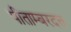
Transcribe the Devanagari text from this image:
पीताम्बरदत्त